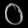
Digit: ၀